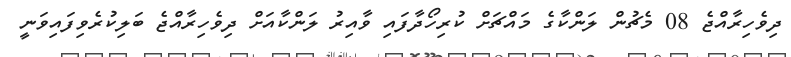
ދިވެހިރާއްޖެ 08 މެޗުން ލަންކާގެ މައްޗަށް ކުރިހޯދާފައި ވާއިރު ލަންކާއަށް ދިވެހިރާއްޖެ ބަލިކުރެވިފައިވަނީ